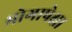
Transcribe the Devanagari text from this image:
भोगापेक्षा